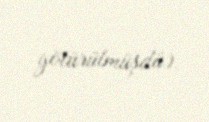
götürülmüşdü).